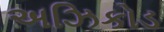
અઝિકોડ